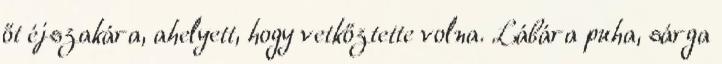
őt éjszakára, ahelyett, hogy vetkőztette volna. Lábára puha, sárga